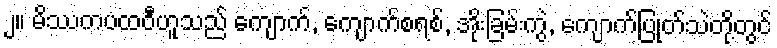
၂။ မိဿကပထဝီဟူသည် ကျောက်, ကျောက်စရစ်, အိုးခြမ်းကွဲ, ကျောက်ပြုတ်သဲတို့တွင်